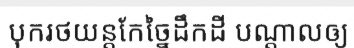
បុករថយន្តកែច្នៃដឹកដី បណ្តាលឲ្យ